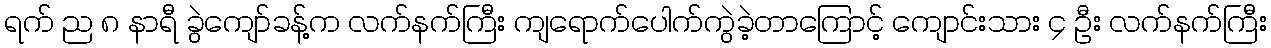
ရက် ည ၈ နာရီ ခွဲကျော်ခန့်က လက်နက်ကြီး ကျရောက်ပေါက်ကွဲခဲ့တာကြောင့် ကျောင်းသား ၄ ဦး လက်နက်ကြီး